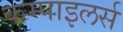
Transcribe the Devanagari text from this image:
कम्पाइलर्स